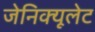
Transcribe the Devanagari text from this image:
जेनिक्यूलेट